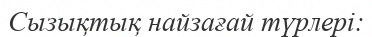
Сызықтық найзағай түрлері: